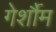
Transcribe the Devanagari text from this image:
गेर्शौम